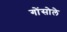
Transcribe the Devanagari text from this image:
गोंसोले